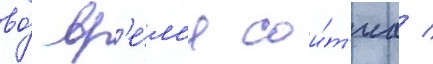
во́ вр'е́м'я сои́т'иа /